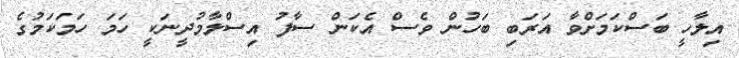
އިލާހީ ބަސްކަމަށްވާ އަރަބި ބަހުން ވެސް އެކަން ސާފު އިސްލާމުދީނަކީ ހަމަ ހަމަކަމުގެ